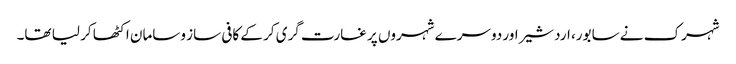
شہرک نے سابور، اردشیراور دوسرے شہروں پر غارت گری کر کے کافی ساز وسامان اکٹھا کر لیا تھا۔